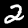
Label: 2